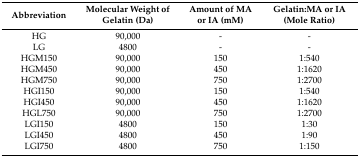
<table><thead><tr><td><b>Abbreviation</b></td><td><b>Molecular Weight of Gelatin (Da)</b></td><td><b>Amount of MA or IA (mM)</b></td><td><b>Gelatin:MA or IA (Mole Ratio)</b></td></tr></thead><tbody><tr><td>HG</td><td>90,000</td><td>-</td><td>-</td></tr><tr><td>LG</td><td>4800</td><td>-</td><td>-</td></tr><tr><td>HGM150</td><td>90,000</td><td>150</td><td>1:540</td></tr><tr><td>HGM450</td><td>90,000</td><td>450</td><td>1:1620</td></tr><tr><td>HGM750</td><td>90,000</td><td>750</td><td>1:2700</td></tr><tr><td>HGI150</td><td>90,000</td><td>150</td><td>1:540</td></tr><tr><td>HGI450</td><td>90,000 </td><td>450</td><td>1:1620</td></tr><tr><td>HGL750</td><td>90,000</td><td>750</td><td>1:2700</td></tr><tr><td>LGI150</td><td>4800</td><td>150</td><td>1:30</td></tr><tr><td>LGI450</td><td>4800</td><td>450</td><td>1:90</td></tr><tr><td>LGI750</td><td>4800</td><td>750</td><td>1:150</td></tr></tbody></table>